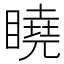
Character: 䁱